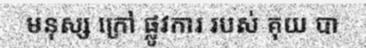
មនុស្ស ក្រៅ ផ្លូវការ របស់ គុយ បា